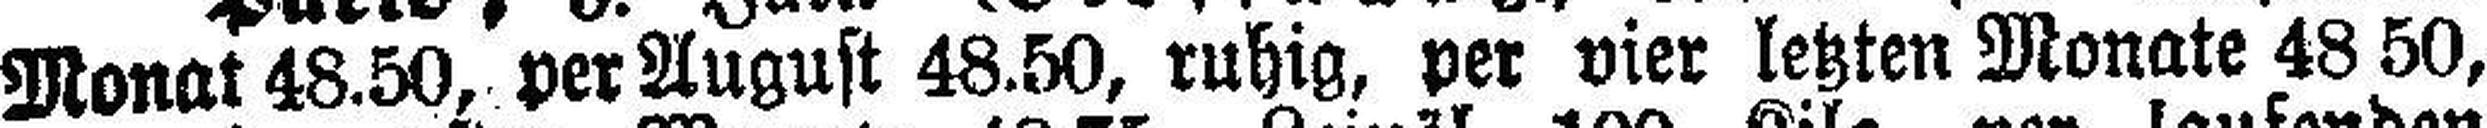
Monat 48.50, per August 48.50, ruhig, per vier letzten Monate 48 50,